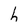
Character: h